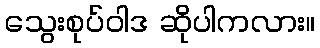
သွေးစုပ်ဝါဒ ဆိုပါကလား။